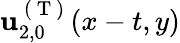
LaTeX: \mathbf{u}_{2,0}^{\mathrm{~(~T~)~}}(x-t,y)